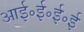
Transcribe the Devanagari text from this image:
आई॰ई॰ई॰ई